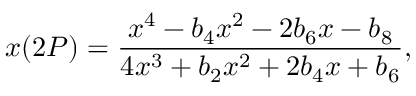
x ( 2 P ) = \frac { x ^ { 4 } - b _ { 4 } x ^ { 2 } - 2 b _ { 6 } x - b _ { 8 } } { 4 x ^ { 3 } + b _ { 2 } x ^ { 2 } + 2 b _ { 4 } x + b _ { 6 } } ,